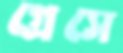
গ্রেসে